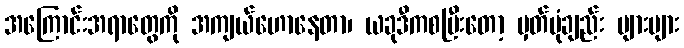
အကြောင်းအရာတွေကို အကျယ်ဟောနေတာ၊ ယခုဒီကစပြီးတော့ မှတ်ပုံချည်း များများ